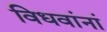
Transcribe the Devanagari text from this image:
विधवांनां